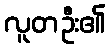
လူတဦး၏